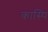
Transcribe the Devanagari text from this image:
कास्थि